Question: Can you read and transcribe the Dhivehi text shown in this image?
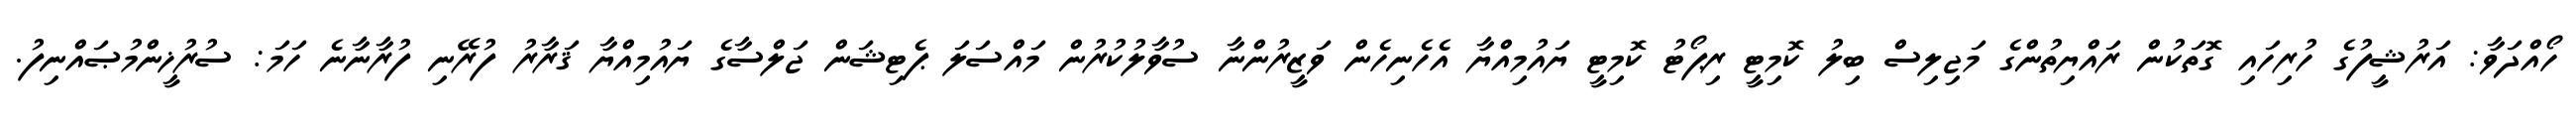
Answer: ހޯއްދަވާ: އަރުޝީފުގެ ހުރިހައި ގޮތަކުން ރައްޔިތުންގެ މަޖިލިސް ބިލު ކޮމިޓީ ރިޕޯޓު ކޮމިޓީ ޔައުމިއްޔާ އެހެނިހެން ވަޒީރުންނާ ސުވާލުކުރުން މައްސަލަ ޕެޓިޝަން ޖަލްސާގެ ޔައުމިއްޔާ ޤަރާރު ފުރޭނި ފުރާނާނެ ހަމަ: ސުރުޚީންމުޞައްނިފު.